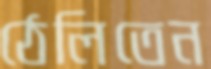
ঠেলিতেন